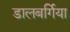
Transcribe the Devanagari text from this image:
डालबर्गिया